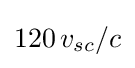
120\,v_{sc}/c